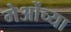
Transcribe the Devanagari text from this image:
मेओंच्या